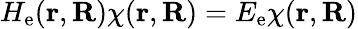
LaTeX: H_{\mathrm{e}}(\mathbf{r},\mathbf{R})\chi(\mathbf{r},\mathbf{R})=E_{\mathrm{e}}\chi(\mathbf{r},\mathbf{R})